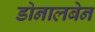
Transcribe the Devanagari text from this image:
डोनालबेन